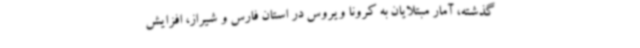
گذشته، آمار مبتلایان به کرونا ویروس در استان فارس و شیراز، افزایش